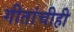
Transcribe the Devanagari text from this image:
गीतांचीही